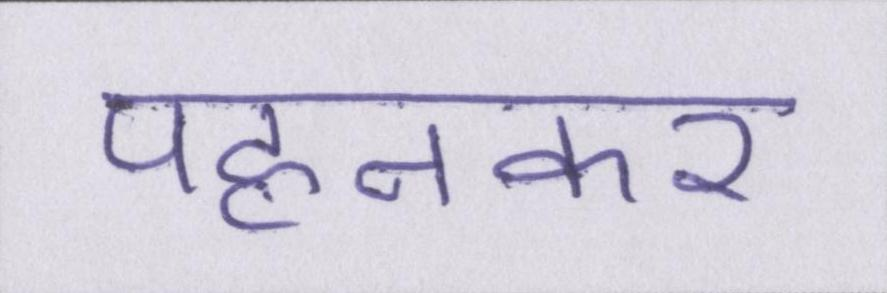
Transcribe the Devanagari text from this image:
पहनकर